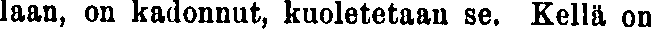
laan, on kadonnut, kuoletetaan se. Kellä on